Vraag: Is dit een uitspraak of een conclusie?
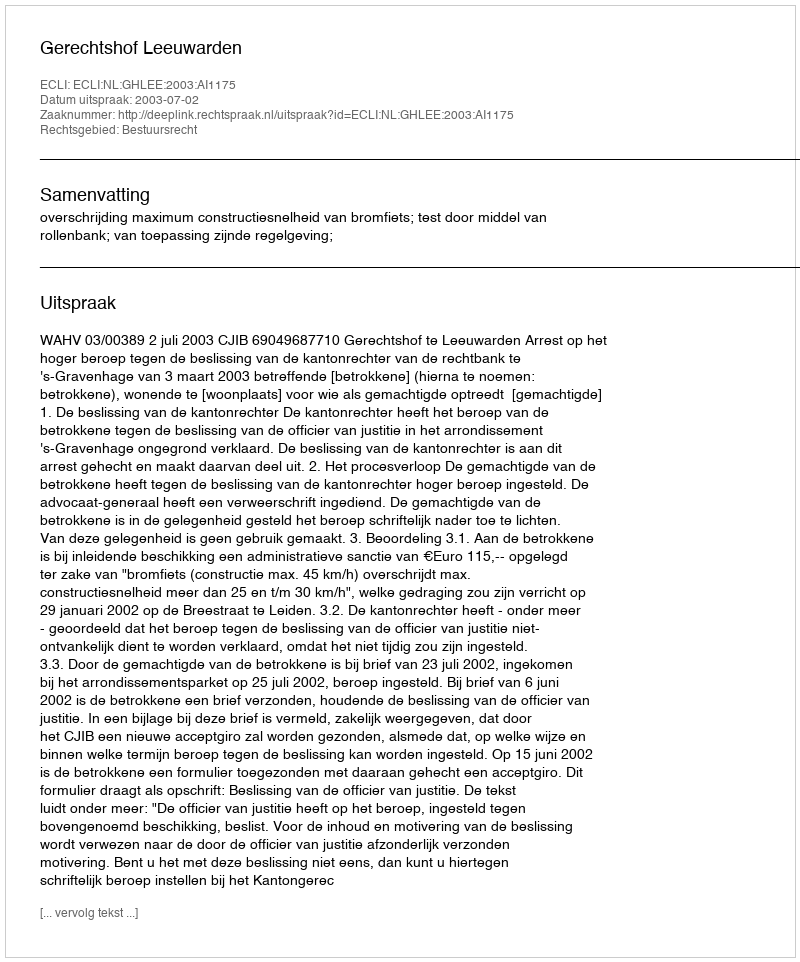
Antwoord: Uitspraak